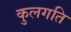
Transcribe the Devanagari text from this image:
कुलगति